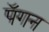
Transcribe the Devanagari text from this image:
पॅगन